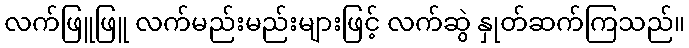
လက်ဖြူဖြူ လက်မည်းမည်းများဖြင့် လက်ဆွဲ နှုတ်ဆက်ကြသည်။